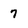
Character: 7